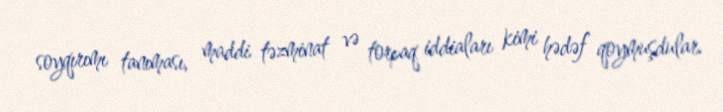
soyqırımı tanıması, maddi təzminat və torpaq iddiaları kimi hədəf qoymuşdular.